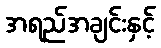
အရည်အချင်းနှင့်